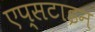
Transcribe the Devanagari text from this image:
एप्सटाइन